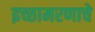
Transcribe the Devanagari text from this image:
इच्छामरणाचे